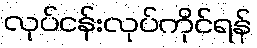
လုပ်ငန်းလုပ်ကိုင်ရန်